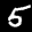
Label: 5